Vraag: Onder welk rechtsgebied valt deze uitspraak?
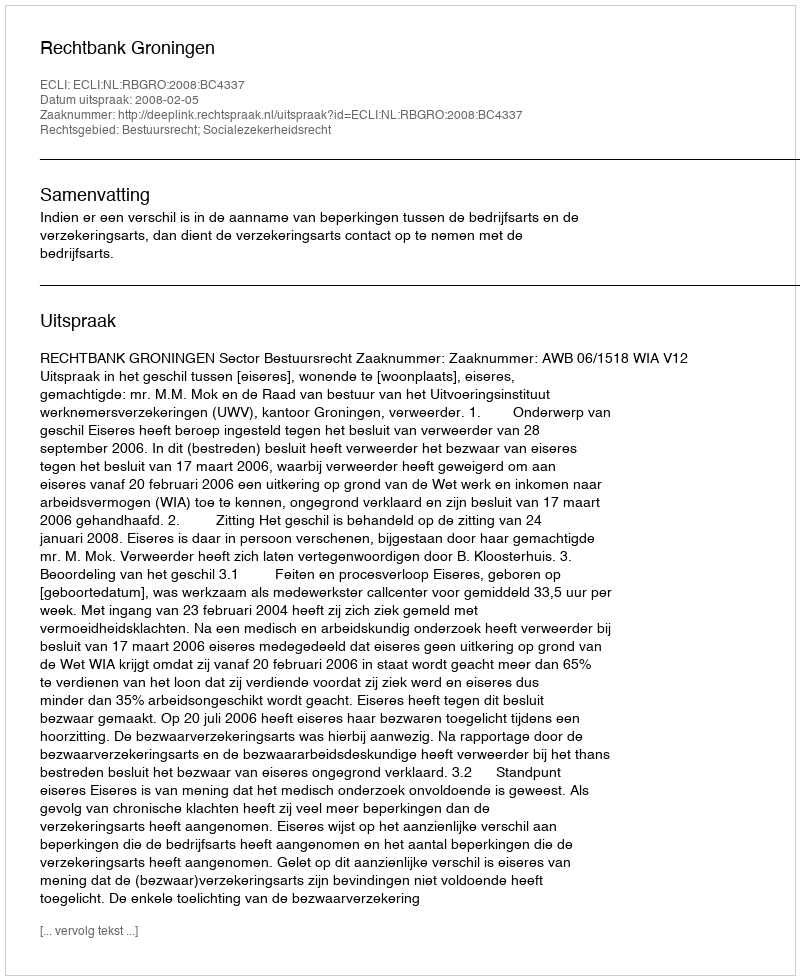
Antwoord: Bestuursrecht; Socialezekerheidsrecht